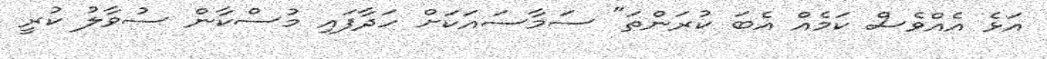
އަޅެ އެއްވެސް ކަމެއް އެބަ ކުރަންތަ" ސަމާސައަކަށް ހަދާފައި މުސްކާން ސުވާލު ކުރީ